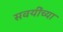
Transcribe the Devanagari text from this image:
सवयींच्या